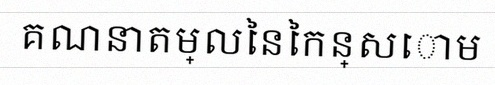
គណនាតម្លៃនៃកន្សោម